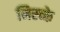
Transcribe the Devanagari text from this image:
निस्च्के